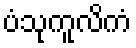
ပံသုကူလိကံ